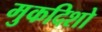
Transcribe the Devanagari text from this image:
मुकदिशो